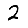
Digit: 2